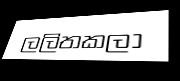
ලලිතකලා